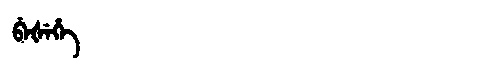
Manchu: ᠪᡝᡧᡝᡥᡝ
Romanization: BEŠEHE